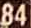
84